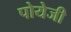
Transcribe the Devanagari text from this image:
पोयेजी